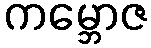
ကမ္ဘောဇ